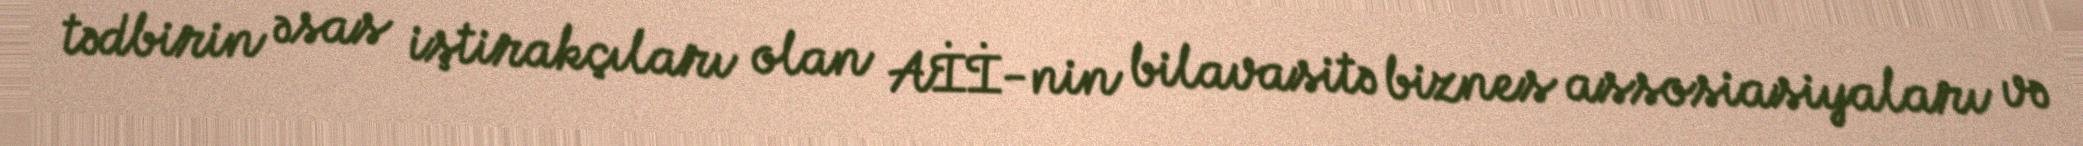
tədbirin əsas iştirakçıları olan Aİİ-nin bilavasitə biznes assosiasiyaları və